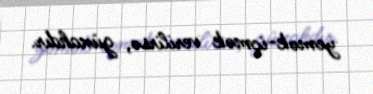
yemək-içmək verilirsə, günahdır.